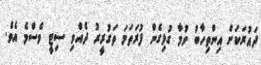
ދައުރަކަށް އިންތިހާބު ވުމާ ގުޅިގެން ފުރަތަމަ ތަގުރީރު ދެއްވި ސިޓީ ވެސްމެ އެވެ.